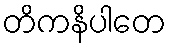
တိကနိပါတေ